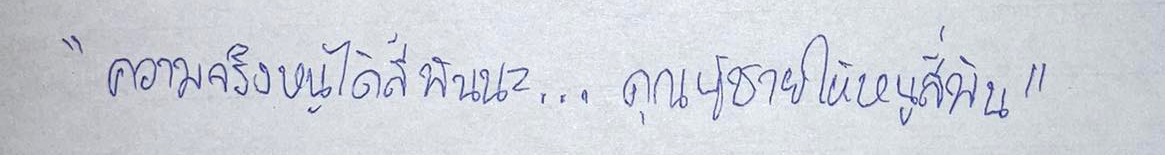
"ความจริงหนูได้สี่พันนะ...คุณผู้ชายให้หนูสี่พัน"